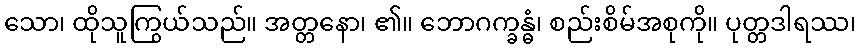
သော၊ ထိုသူကြွယ်သည်။ အတ္တနော၊ ၏။ ဘောဂက္ခန္ဓံ၊ စည်းစိမ်အစုကို။ ပုတ္တဒါရဿ၊